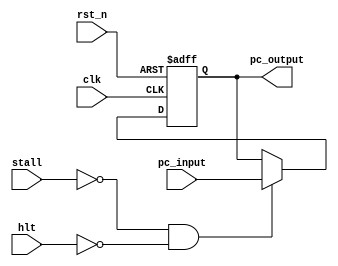
module PC(clk, rst_n, hlt, pc_input, pc_output, stall);
	input hlt, rst_n, clk, stall;
	input [15:0] pc_input;
	output reg [15:0] pc_output;
	wire [15:0] nextInstr;	
	reg halt_encountered;

	always@(posedge clk, negedge rst_n) begin
		if(!rst_n)
			pc_output <= 0; 	//reset pc 
		else if(~stall && ~hlt)
			pc_output <= pc_input;	//normal operation, just take next pc every clk
		else
		  pc_output <= pc_output;  //if halt or stall is asserted, freeze the pc value
	end

	//assign nextInstr = hlt ? pc_output : pc_input;
  
endmodule